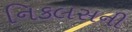
નિકલસની